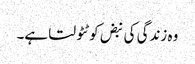
وہ زندگی کی نبض کو ٹٹولتا ہے۔